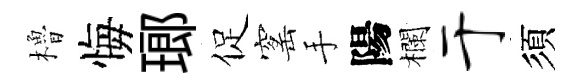
櫓悔瑯促窰手陽欄于須